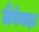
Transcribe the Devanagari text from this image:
लैथेनाइड